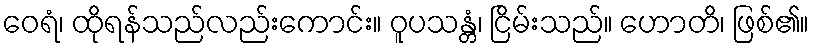
ဝေရံ၊ ထိုရန်သည်လည်းကောင်း။ ဝူပသန္တံ၊ ငြိမ်းသည်။ ဟောတိ၊ ဖြစ်၏။